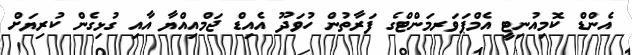
އެންޑް ކޮމިއުނިޓީ އެމްޕަވަރމަންޓްގެ ފަރާތުން ހުވަދޫ އެއިޑް ޖަމްއިއްޔާ އާއި ގުޅިގެން ކުރިޔަށް